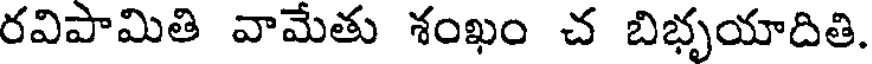
రవిపామితి వామేతు శంఖం చ బిభృయాదితి.